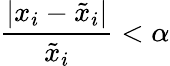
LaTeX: \frac{|x_{i}-\tilde{x}_{i}|}{\tilde{x}_{i}}<\alpha